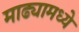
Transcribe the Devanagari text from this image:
माढ्यामध्ये